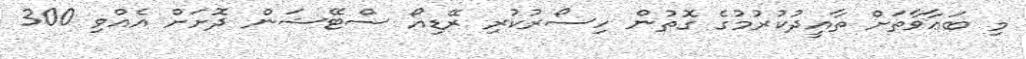
މި ބަޢާވާތަށް ތާއީދުކުރުމުގެ ގޮތުން ހިސޯރުކުރި ރޭޑިއޯ ސްޓޭޝަން ދޮށަށް އެއްވި 300